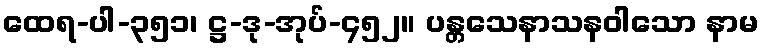
ထေရ-ပါ-၃၅၁၊ ဋ္ဌ-ဒု-အုပ်-၄၅၂။ ပန္တသေနာသနဝါသော နာမ